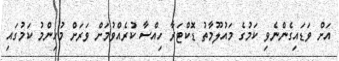
އަށް ވަޑައިގެންނެވި ކަމުގެ މައުލޫމާތު ޑޮކްޓަރާ ހިއްސާ ކުރެއްވުމަށް ވަރަށް މުހިންމު ކަމުގައި